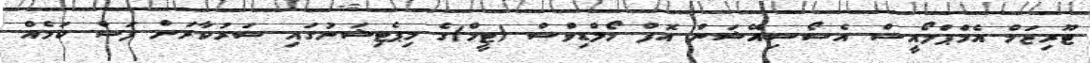
ޓޫރިޒަމް އެމްޕްލޯއީސް އެސޯސިއޭޝަން އޮފް މޯލްޑިވްސް (ޓީމް)ގެ މިޕެޓިޝަނުގައި ސަރުކާރަށް ފަސް ކަމެއް